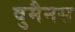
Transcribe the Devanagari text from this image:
वुमैनस